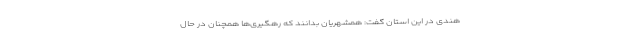
هندی در این استان گفت: همشهریان بدانند که رهگیری‌ها همچنان در حال